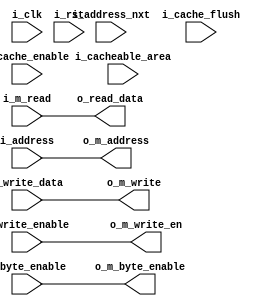
module a23_fetch_2
(
input                       i_clk,
input                       i_rst,
input       [31:0]          i_address,
input       [31:0]          i_address_nxt,      
input       [31:0]          i_write_data,
input                       i_write_enable,
output       [31:0]         o_read_data,
input       [3:0]           i_byte_enable,
input                       i_cache_enable,     
input                       i_cache_flush,      
input       [31:0]          i_cacheable_area,   
output   [31:0]             o_m_address, 
output   [31:0]             o_m_write,
output                      o_m_write_en,
output   [3:0]              o_m_byte_enable,
input    [31:0]             i_m_read
);
assign o_m_address     = i_address;
assign o_m_write       = i_write_data;
assign o_m_write_en    = i_write_enable;
assign o_m_byte_enable = i_byte_enable;
assign o_read_data     = i_m_read;
endmodule